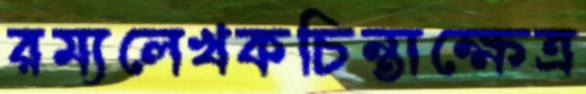
রম্যলেখকচিন্তাক্ষেত্র